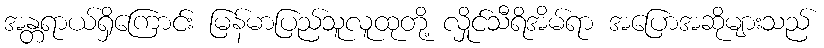
အန္တရာယ်ရှိကြောင်း မြန်မာပြည်သူလူထုတို့ လှိုင်သီရိအိမ်ရာ အပြောအဆိုများသည်